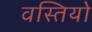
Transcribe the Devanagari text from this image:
वस्तियो